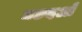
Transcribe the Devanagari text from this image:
मछदओ